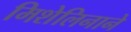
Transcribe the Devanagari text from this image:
मिशेलिनाने